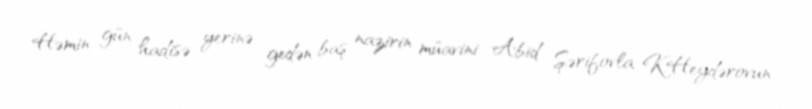
Həmin gün hadisə yerinə gedən baş nazirin müavini Abid Şərifovla K.Heydərovun